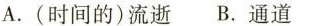
A.(时间的)流逝 B.通道